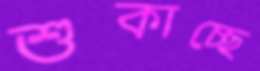
শুকাচ্ছে